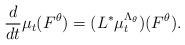
LaTeX: \begin{align*} \frac{d}{dt} \mu_t (F^\theta) = (L^* \mu^{\Lambda_\theta}_t)(F^\theta).\end{align*}